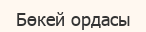
Бөкей ордасы